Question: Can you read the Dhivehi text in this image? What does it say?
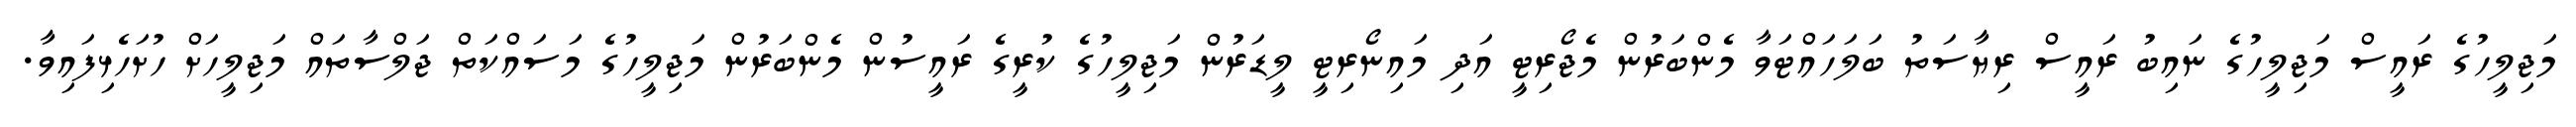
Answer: މަޖިލީހުގެ ރައީސް މަޖިލީހުގެ ނައިބު ރައީސް ރިޔާސަތު ބަލަހައްޓަވާ މެންބަރުން މެޖޯރިޓީ އަދި މައިނޯރިޓީ ލީޑަރުން މަޖިލީހުގެ ކުރީގެ ރައީސުން މެންބަރުން މަޖިލީހުގެ މަސައްކަތް ޖަލްސާތައް މަޖިލީހަށް ހުށަހެޅިފައިވާ.